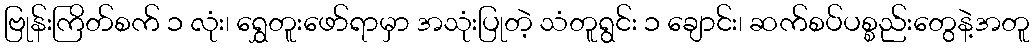
ဗြုန်းကြိတ်စက် ၁ လုံး၊ ရွှေတူးဖော်ရာမှာ အသုံးပြုတဲ့ သံတူရွင်း ၁ ချောင်း၊ ဆက်စပ်ပစ္စည်းတွေနဲ့အတူ